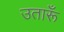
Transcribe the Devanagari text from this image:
उतारूँ